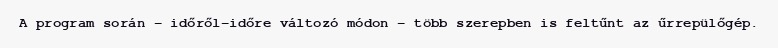
A program során – időről-időre változó módon – több szerepben is feltűnt az űrrepülőgép.